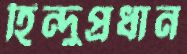
হিন্দুপ্রধান